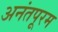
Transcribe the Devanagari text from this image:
अनंतपूरम